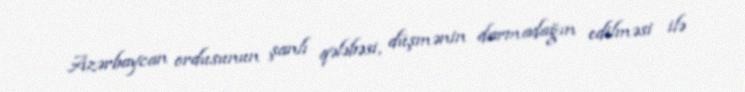
Azərbaycan ordusunun şanlı qələbəsi, düşmənin darmadağın edilməsi ilə